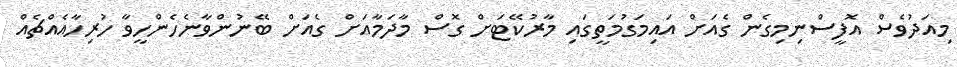
މިއަދުވެސް އޮފީސްނިމިގެން ގެއަށް އައިމަގުމަތީގައި މާރުކޭޓަށް ގޮސް މާދަމާއަށް ގެއަށް ބޭނުންވާނެހެންހީވާ ހުރިހާއެއްޗެއް